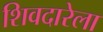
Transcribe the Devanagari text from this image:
शिवदारेला